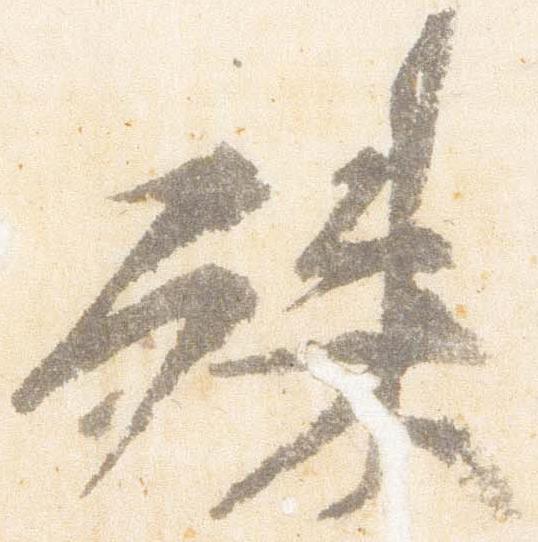
殊